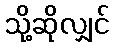
သို့ဆိုလျှင်